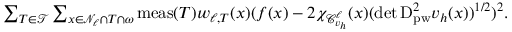
\begin{array} { r } { \sum _ { T \in \mathcal { T } } \sum _ { x \in \mathcal { N } _ { \ell } \cap T \cap \omega } \operatorname { m e a s } ( T ) w _ { \ell , T } ( x ) ( f ( x ) - 2 \chi _ { \mathcal { C } _ { v _ { h } } ^ { \ell } } ( x ) ( \operatorname* { d e t } \mathrm { D } _ { \mathrm { p w } } ^ { 2 } v _ { h } ( x ) ) ^ { 1 / 2 } ) ^ { 2 } . } \end{array}